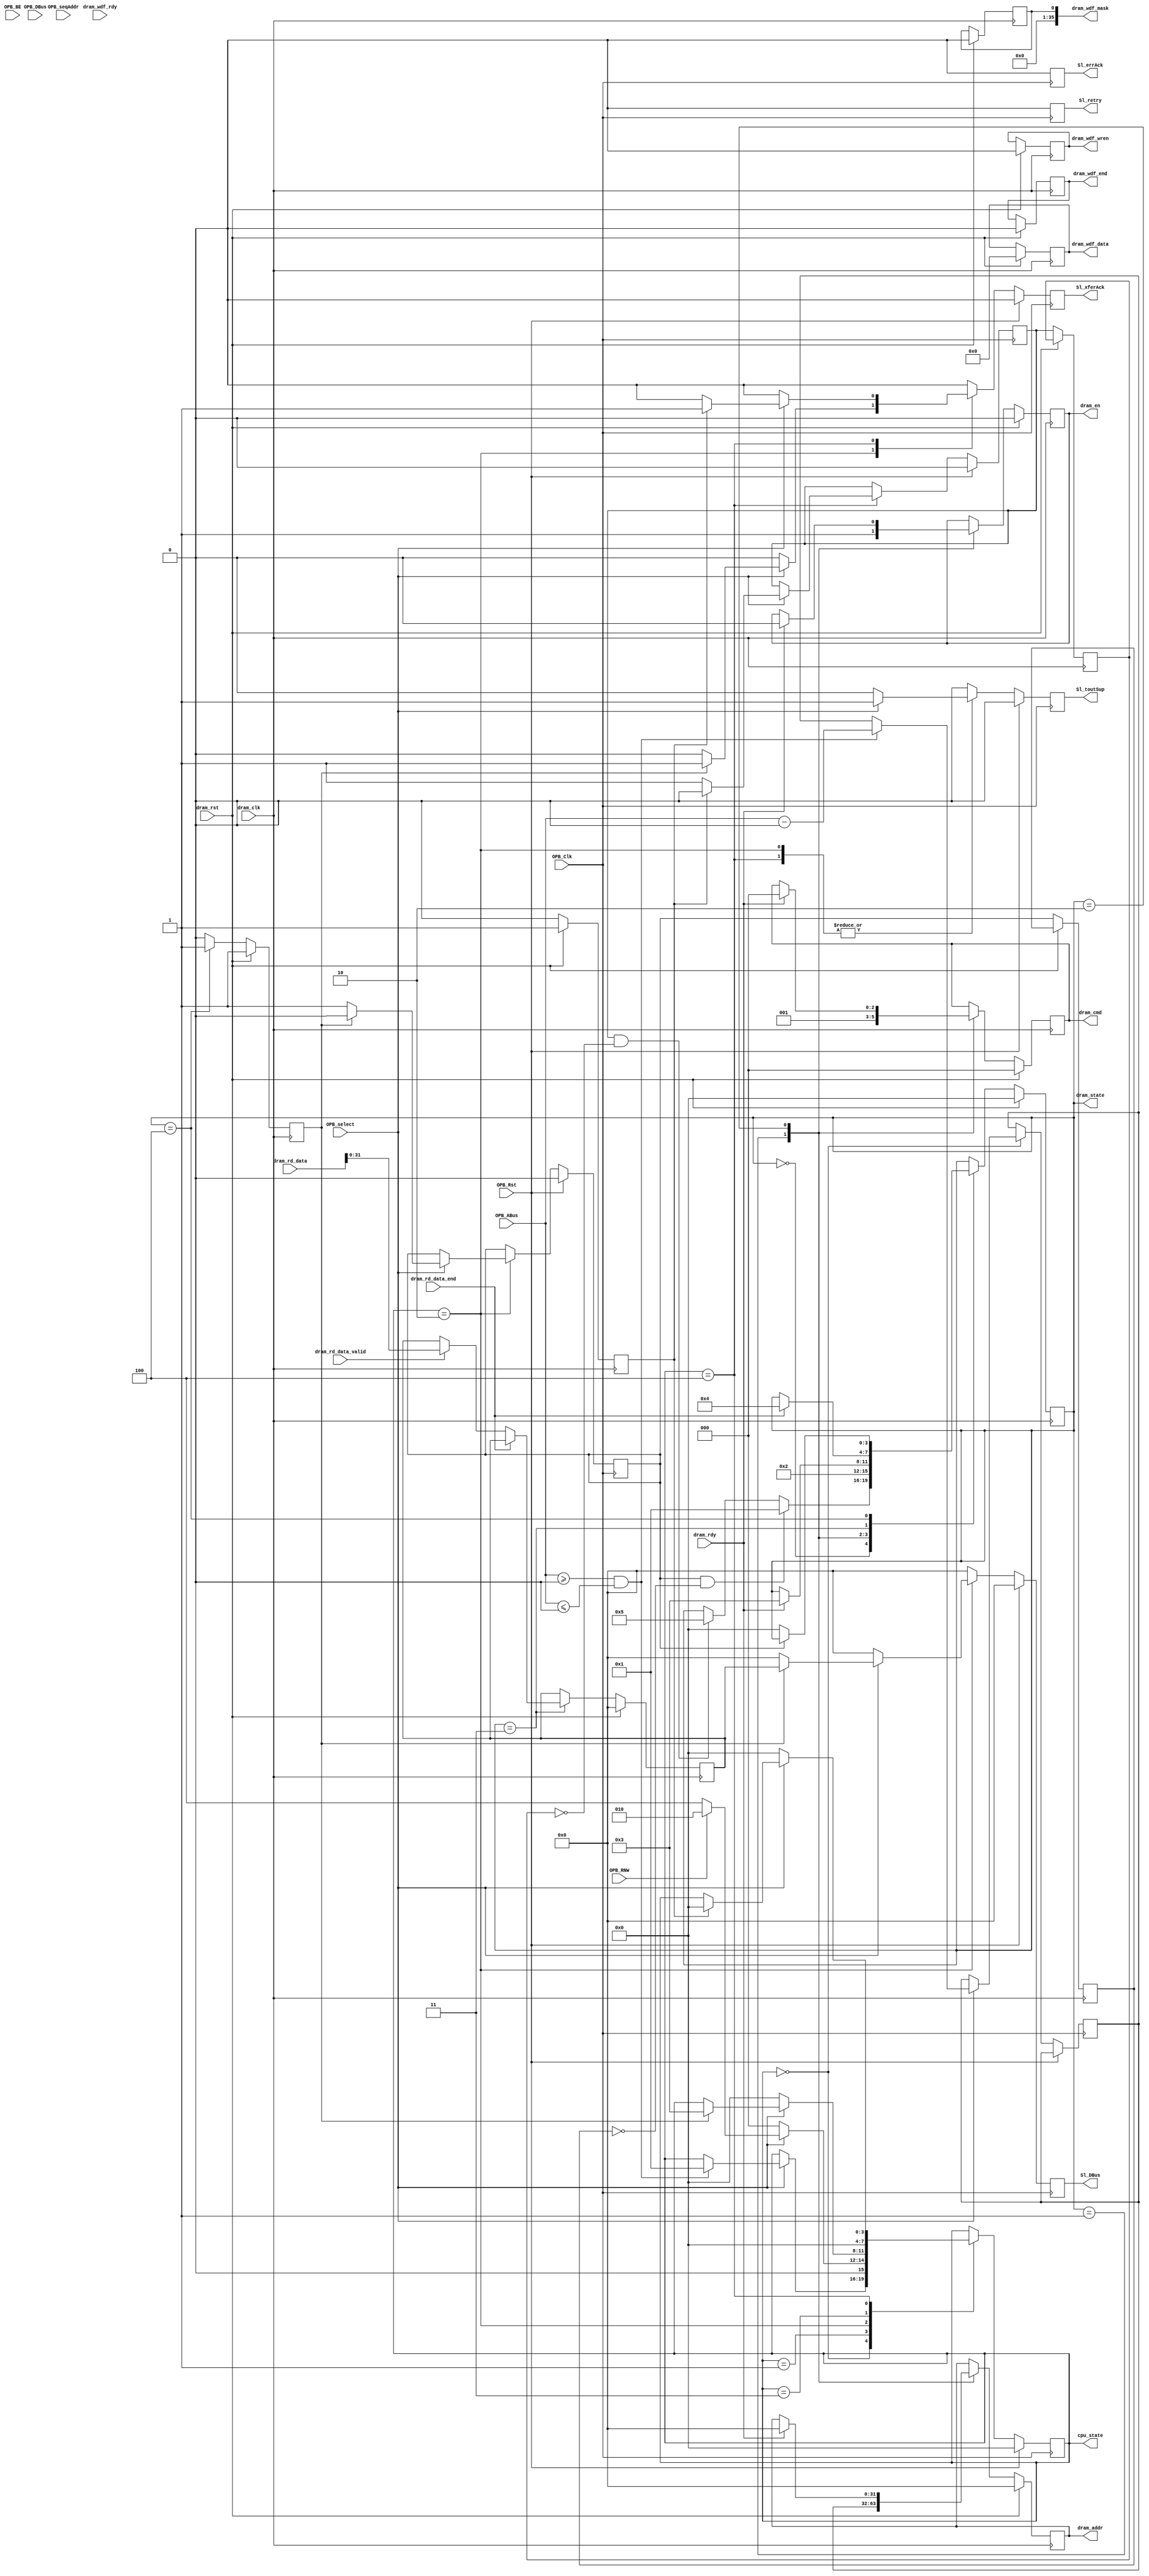
module mem_opb_attach #(
    parameter C_BASEADDR = 0,
    parameter C_HIGHADDR = 0
  ) (
    input         OPB_Clk,
    input         OPB_Rst,
    output [0:31] Sl_DBus,
    output        Sl_errAck,
    output        Sl_retry,
    output        Sl_toutSup,
    output        Sl_xferAck,
    input  [0:31] OPB_ABus,
    input  [0:3]  OPB_BE,
    input  [0:31] OPB_DBus,
    input         OPB_RNW,
    input         OPB_select,
    input         OPB_seqAddr,

    input          dram_clk,
    input          dram_rst,

    input [287:0]  dram_rd_data, //*
    input 	   dram_rd_data_end,
    input 	   dram_rd_data_valid, //*
    input 	   dram_rdy, //*
    input 	   dram_wdf_rdy, //*?
    output [31:0]  dram_addr, //*?
    output [2:0]   dram_cmd, //*
    output 	   dram_en, //*
    output [287:0] dram_wdf_data, //*
    output 	   dram_wdf_end, //*?
    output [35:0]  dram_wdf_mask, //*
    output 	   dram_wdf_wren, //*?

    /* debug outputs */
    output [3:0]   dram_state,
    output [3:0]   cpu_state
  );

   /* OPB states */
   localparam OPB_IDLE     = 4'h0;
   localparam OPB_SELECT   = 4'h1;
   localparam OPB_READ     = 4'h2;
   localparam OPB_READ_X   = 4'h3;
   localparam OPB_WRITE    = 4'h4;
   localparam OPB_WRITE_X  = 4'h5;

   /* OPB signals */
   reg [3:0] 	   opb_state;
   reg 		   opb_ack;
   reg 		   opb_error;
   reg 		   opb_retry;
   reg 		   opb_toutsup;
   reg [0:31] 	   opb_addr;
   reg [0:31] 	   opb_data_out;

   /* DDR3 states */
   localparam DDR3_IDLE       = 4'h0;
   localparam DDR3_READ_INIT  = 4'h1;
   localparam DDR3_READ_HOLD  = 4'h2;
   localparam DDR3_READ_WAIT  = 4'h3;
   localparam DDR3_READ_RESP  = 4'h4;
   localparam DDR3_WRITE_INIT = 4'h5;
   localparam DDR3_WRITE_WAIT = 4'h6;
   localparam DDR3_WRITE_RESP = 4'h7;

   /* DDR3-to-OPB signals */
   reg [3:0] 	   ddr3_state;
   reg 		   ddr3_read_en;
   reg 		   ddr3_read_en_z;
   reg 		   ddr3_read_done;
   reg		   ddr3_read_done_z;
   reg [31:0]      ddr3_read_data;
   reg 		   ddr3_write_en;
   reg 		   ddr3_write_en_z;
   reg 		   ddr3_write_done;
   reg [31:0]      ddr3_write_data;

   /* DDR3 output registers */
   reg [31:0] 	   dram_addr_reg;
   reg [2:0] 	   dram_cmd_reg;
   reg 		   dram_en_reg;
   reg [287:0] 	   dram_wdf_data_reg;
   reg 		   dram_wdf_end_reg;
   reg 		   dram_wdf_mask_reg;
   reg 		   dram_wdf_wren_reg;

   /* diagnostic LV*/

   /* OPB state machine */
   always @ (posedge OPB_Clk) begin

      if (OPB_Rst) begin

	 opb_ack         <= 1'b0;
	 opb_error       <= 1'b0;
	 opb_retry       <= 1'b0;
	 opb_toutsup     <= 1'b0;
	 opb_data_out    <= 32'b0;
	 opb_state       <= OPB_IDLE;

	 ddr3_read_en    <= 1'b0;
	 ddr3_write_en   <= 1'b0;
	 ddr3_write_data <= 32'b0;

      end else begin // if (OPB_Rst)
	
	 opb_ack         <= 1'b0;
	 opb_error       <= 1'b0;
	 opb_retry       <= 1'b0;
	 opb_toutsup     <= 1'b0;
	 opb_data_out    <= 32'b0;
         

	 case (opb_state)

	   OPB_IDLE: begin
	      /* Default idle/wait state */

	      if (OPB_select) begin

		 /* We've been selected by master */

		 if (OPB_ABus >= C_BASEADDR && OPB_ABus <= C_HIGHADDR) begin

		    /* Address is valid, move on */

		    opb_addr     <= OPB_ABus - C_BASEADDR;

                    opb_state    <= OPB_SELECT;
                    
		 end // if (OPB_ABus >= C_BASEADDR && OPB_ABus <= C_HIGHADDR)

	      end // if (OPB_select)

	   end // case: OPB_IDLE
           
           OPB_SELECT: begin
              if (OPB_select) begin
	         if (OPB_RNW) begin

                    /* We're reading, change states */

                    opb_state <= OPB_READ;

                 end else begin // if (OPB_RNW)

                    /* We're writing, change states */

                    opb_state <= OPB_WRITE;

                 end // else: if (OPB_RNW)
	      end else begin
                 opb_state <= OPB_IDLE;
              end
           end 
           
	   OPB_READ: begin
              if (OPB_select) begin
	         /* Start the DDR3 read */

	         opb_toutsup     <= 1'b1;
	         ddr3_read_en    <= 1'b1;

	         if (ddr3_read_done) begin
	         //if (ddr3_read_done && !ddr3_read_done_z) begin //read variable holding dram value

		    /* Read is done, transfer data */

		    ddr3_read_en <= 1'b0;
		    opb_state    <= OPB_READ_X;
   		    opb_data_out <= ddr3_read_data;
		    opb_ack      <= 1'b1;

	         end
              end else begin   /* if it is hanging here and DDR3_idle*/
                 opb_state <= OPB_IDLE;
              end  
	   end // case: OPB_READ
	   
	   OPB_READ_X: begin
              opb_state <= OPB_IDLE;
           end
 
	   OPB_WRITE: begin
              if (OPB_select) begin
	         /* Start the DDR3 write */

	         opb_toutsup     <= 1'b1;
	         ddr3_write_en   <= 1'b1;
	         ddr3_write_data <= OPB_DBus;

	         if (ddr3_write_done) begin

	   	    /* Write is done, finish up */
		 
		    ddr3_write_en <= 1'b0;
		    opb_state     <= OPB_IDLE;
		    opb_ack       <= 1'b1;

	         end // if (ddr3_write_done)

	       end else begin
                  opb_state <= OPB_IDLE;
               end
	    end
	 endcase // case (opb_state)

      end // else: !if(OPB_Rst)

   end // always @ (posedge OPB_Clk)

   assign cpu_state  = opb_state;
   assign Sl_xferAck = opb_ack;
   assign Sl_errAck  = opb_error;
   assign Sl_toutSup = opb_toutsup;
   assign Sl_retry   = opb_retry;
   assign Sl_DBus    = opb_data_out;


   /* DDR3 access state machine */
   always @ (posedge dram_clk) begin

      if (dram_rst) begin

	 ddr3_read_done    <= 1'b1;
	 ddr3_write_done   <= 1'b1;
	 ddr3_read_data    <= 32'b0;
	 ddr3_state        <= DDR3_IDLE;

	 dram_addr_reg     <= 32'b0;
	 dram_cmd_reg      <= 3'b0;
	 dram_en_reg       <= 1'b0;
	 dram_wdf_data_reg <= 288'b0;
	 dram_wdf_end_reg  <= 1'b0;
	 dram_wdf_mask_reg <= 36'b0;
	 dram_wdf_wren_reg <= 1'b0;

      end else begin // if (dram_rst)

	 ddr3_read_done  <= 1'b0;
	 ddr3_write_done <= 1'b0;
	 ddr3_read_en_z  <= ddr3_read_en;
	 ddr3_write_en_z <= ddr3_write_en;
         ddr3_read_done_z <= ddr3_read_done;   
         
	 case (ddr3_state)

	   DDR3_IDLE: begin

	      if (ddr3_read_en && !ddr3_read_en_z) begin

		 /* OPB is requesting a read */

		 ddr3_state <= DDR3_READ_INIT;

	      end else if (ddr3_write_en && !ddr3_write_en_z) begin // if posedge(ddr3_read_en)

		 /* OPB is requesting a write */

		 ddr3_state <= DDR3_WRITE_INIT;

	      end // else: if posedge(ddr3_write_en)

	   end // case: DDR3_IDLE

	   DDR3_READ_INIT: begin

	      /* Issue DDR3 command then wait */

	      ddr3_state    <= DDR3_READ_HOLD;
	      dram_addr_reg <= opb_addr;
	      dram_cmd_reg  <= 3'b001;
	      dram_en_reg   <= 1'b1;

	   end // case: DDR3_READ_INIT

	   DDR3_READ_HOLD: begin

	      /* Hold addr, cmd, end until dram_rdy */

	      if (dram_rdy) begin

		 ddr3_state     <= DDR3_READ_WAIT;
		 dram_addr_reg  <= 32'b0;
		 dram_cmd_reg   <= 3'b0;
		 dram_en_reg    <= 1'b0;

	      end // if (dram_rdy)

	   end // case: DDR3_READ_HOLD
		 
	   DDR3_READ_WAIT: begin

	      /* Wait for the read response */
	      
	      if (dram_rd_data_end) begin

		 /* Second cycle, finish up */

		 ddr3_state     <= DDR3_READ_RESP;

	      end else if (dram_rd_data_valid) begin // if (dram_rd_data_end)

		 /* First cylce read data is valid, grab it */

		 ddr3_read_data <= dram_rd_data[31:0];

	      end // else: if (dram_rd_data_valid)
	      
	   end // case: DDR3_READ_WAIT

	   DDR3_READ_RESP: begin

	      /* Wait for OPB to grab data */

	      ddr3_read_done <= 1'b1;
              
	      if (!ddr3_read_en) begin

		 /* OPB is done, finish up */

		     ddr3_state     <= DDR3_IDLE;

	      end // if (!ddr3_read_en)

	   end // case: DDR3_READ_RESP

	 endcase // case (ddr3_state)

      end // else: !if(dram_rst)

   end // always @ (posedge dram_clk)

   assign dram_state    = ddr3_state;
   assign dram_addr     = dram_addr_reg;
   assign dram_cmd      = dram_cmd_reg;
   assign dram_en       = dram_en_reg;
   assign dram_wdf_data = dram_wdf_data_reg;
   assign dram_wdf_end  = dram_wdf_end_reg;
   assign dram_wdf_mask = dram_wdf_mask_reg;
   assign dram_wdf_wren = dram_wdf_wren_reg;

endmodule